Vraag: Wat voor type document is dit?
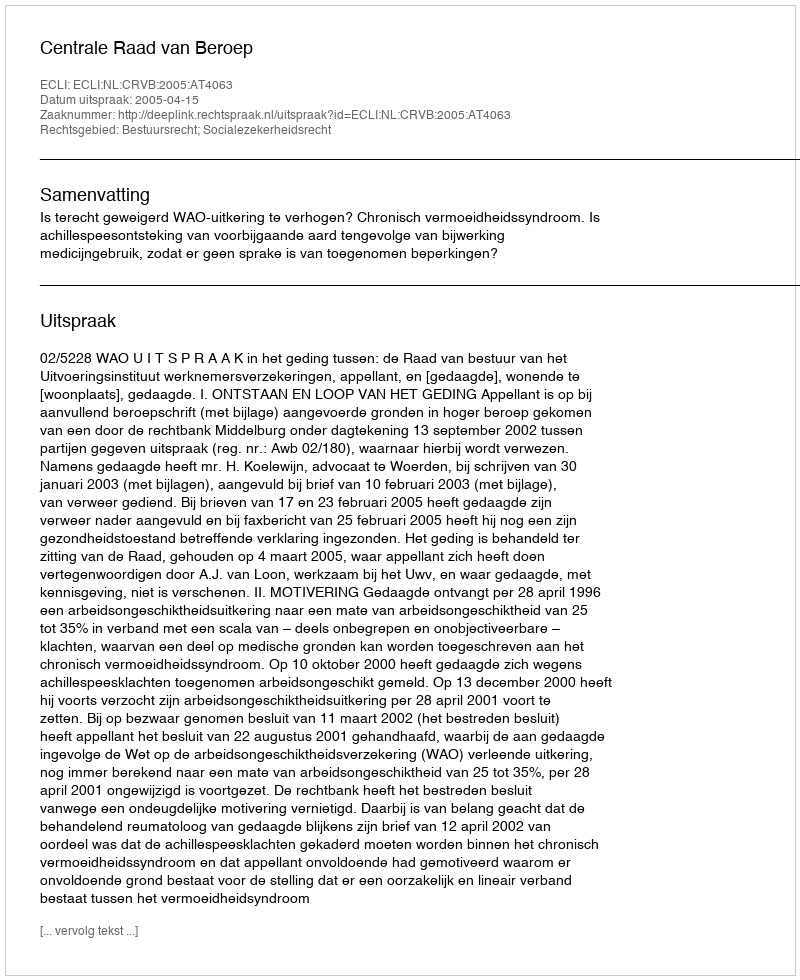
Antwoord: Uitspraak